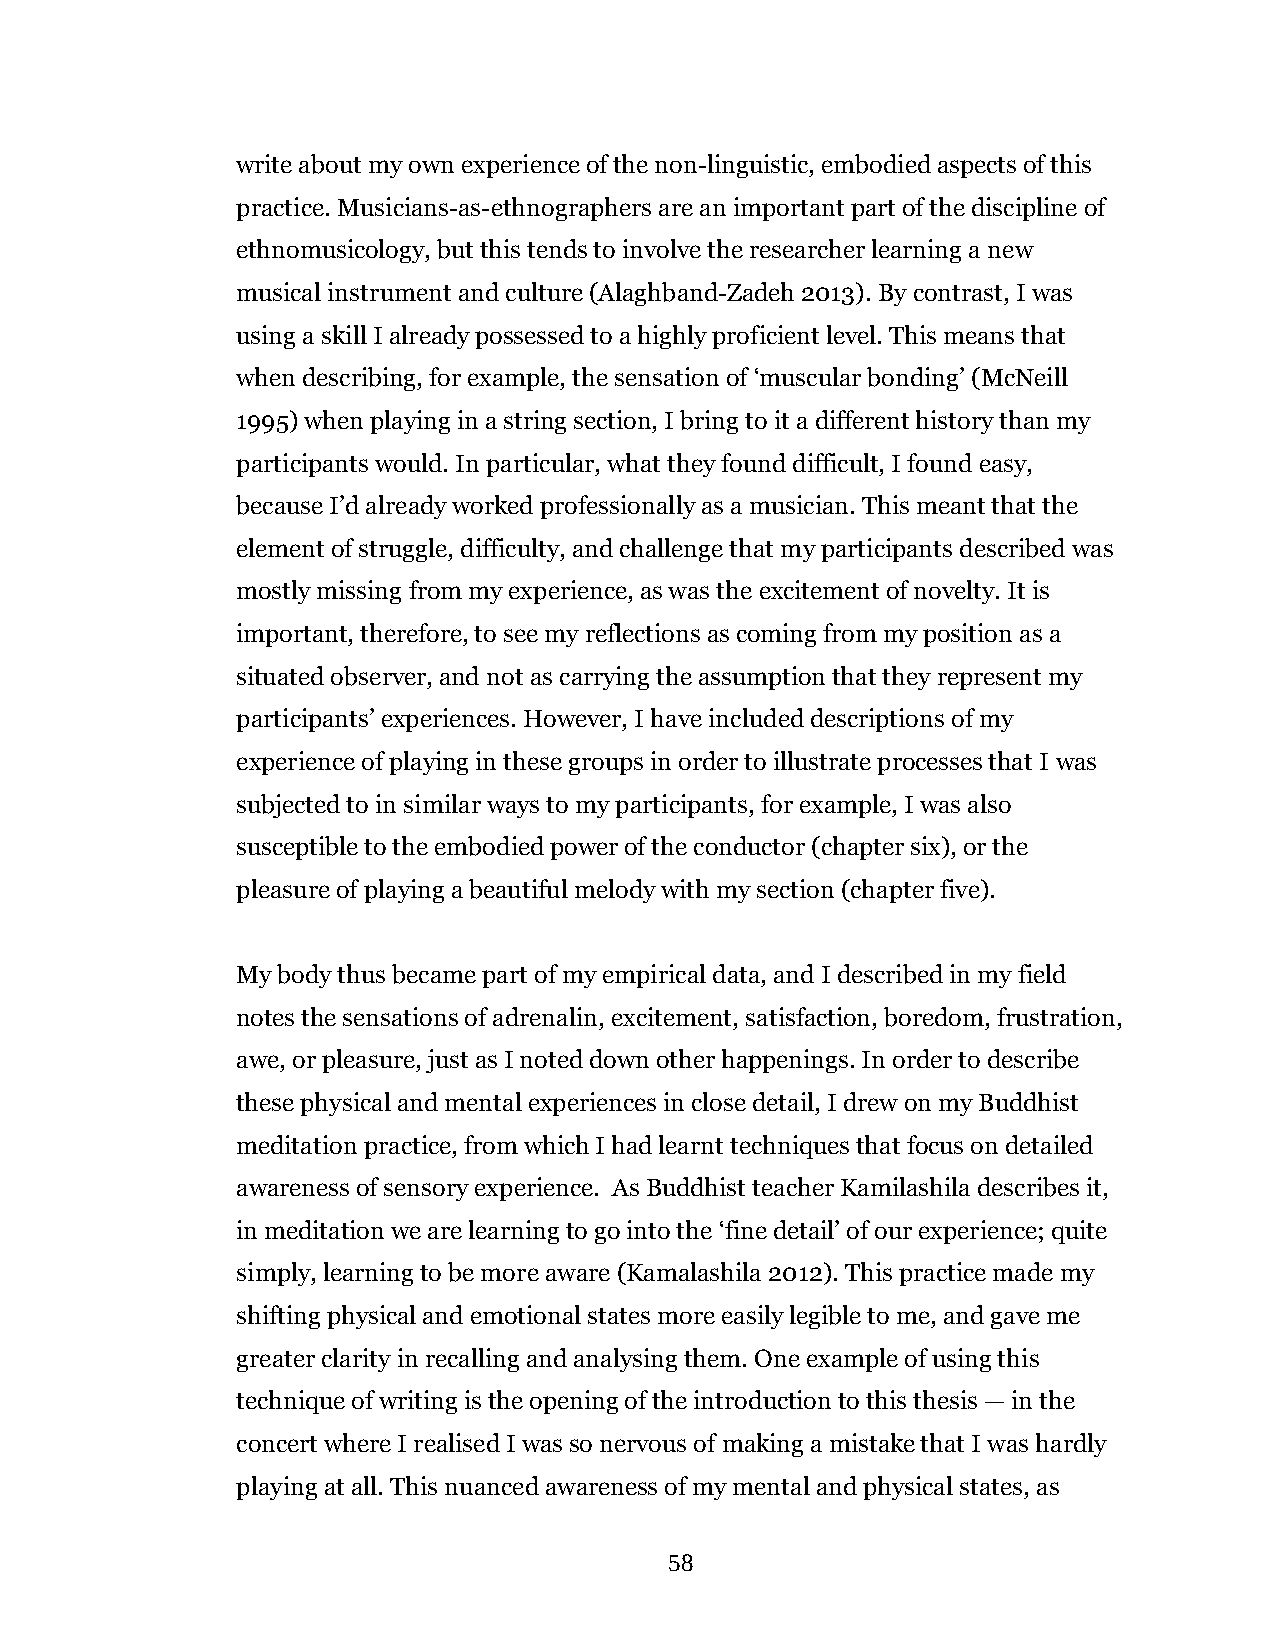
write about my own experience of the non-linguistic, embodied aspects of this
 practice. Musicians-as-ethnographers are an important part of the discipline of
 ethnomusicology, but this tends to involve the researcher learning a new
 musical instrument and culture (Alaghband-Zadeh 2013). By contrast, I was
 using a skill I already possessed to a highly proficient level. This means that
 when describing, for example, the sensation of ‘muscular bonding’ (McNeill
 1995) when playing in a string section, I bring to it a different history than my
 participants would. In particular, what they found difficult, I found easy,
 because I’d already worked professionally as a musician. This meant that the
 element of struggle, difficulty, and challenge that my participants described was
 mostly missing from my experience, as was the excitement of novelty. It is
 important, therefore, to see my reflections as coming from my position as a
 situated observer, and not as carrying the assumption that they represent my
 participants’ experiences. However, I have included descriptions of my
 experience of playing in these groups in order to illustrate processes that I was
 subjected to in similar ways to my participants, for example, I was also
 susceptible to the embodied power of the conductor (chapter six), or the
 pleasure of playing a beautiful melody with my section (chapter five).
 My body thus became part of my empirical data, and I described in my field
 notes the sensations of adrenalin, excitement, satisfaction, boredom, frustration,
 awe, or pleasure, just as I noted down other happenings. In order to describe
 these physical and mental experiences in close detail, I drew on my Buddhist
 meditation practice, from which I had learnt techniques that focus on detailed
 awareness of sensory experience. As Buddhist teacher Kamilashila describes it,
 in meditation we are learning to go into the ‘fine detail’ of our experience; quite
 simply, learning to be more aware (Kamalashila 2012). This practice made my
 shifting physical and emotional states more easily legible to me, and gave me
 greater clarity in recalling and analysing them. One example of using this
 technique of writing is the opening of the introduction to this thesis — in the
 concert where I realised I was so nervous of making a mistake that I was hardly
 playing at all. This nuanced awareness of my mental and physical states, as
 58